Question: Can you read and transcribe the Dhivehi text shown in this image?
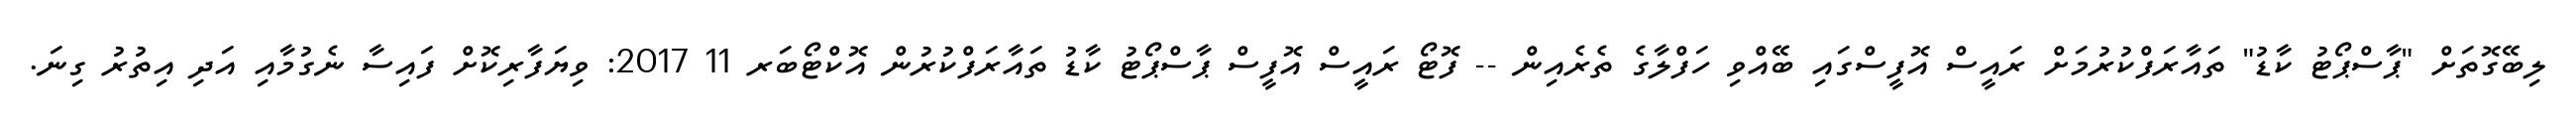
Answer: ލިބޭގޮތަށް "ޕާސްޕޯޓު ކާޑު" ތައާރަފްކުރުމަށް ރައީސް އޮފީސްގައި ބޭއްވި ހަފްލާގެ ތެރެއިން -- ފޮޓޯ ރައީސް އޮފީސް ޕާސްޕޯޓު ކާޑު ތައާރަފްކުރުން އޮކްޓޯބަރ 11 2017: ވިޔަފާރިކޮށް ފައިސާ ނެގުމާއި އަދި އިތުރު ގިނަ.